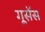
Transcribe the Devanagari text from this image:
गूसेंस